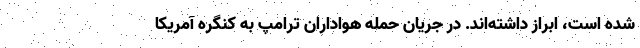
شده است، ابراز داشته‌اند. در جریان حمله هواداران ترامپ به کنگره آمریکا